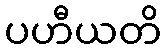
ပဟီယတိ